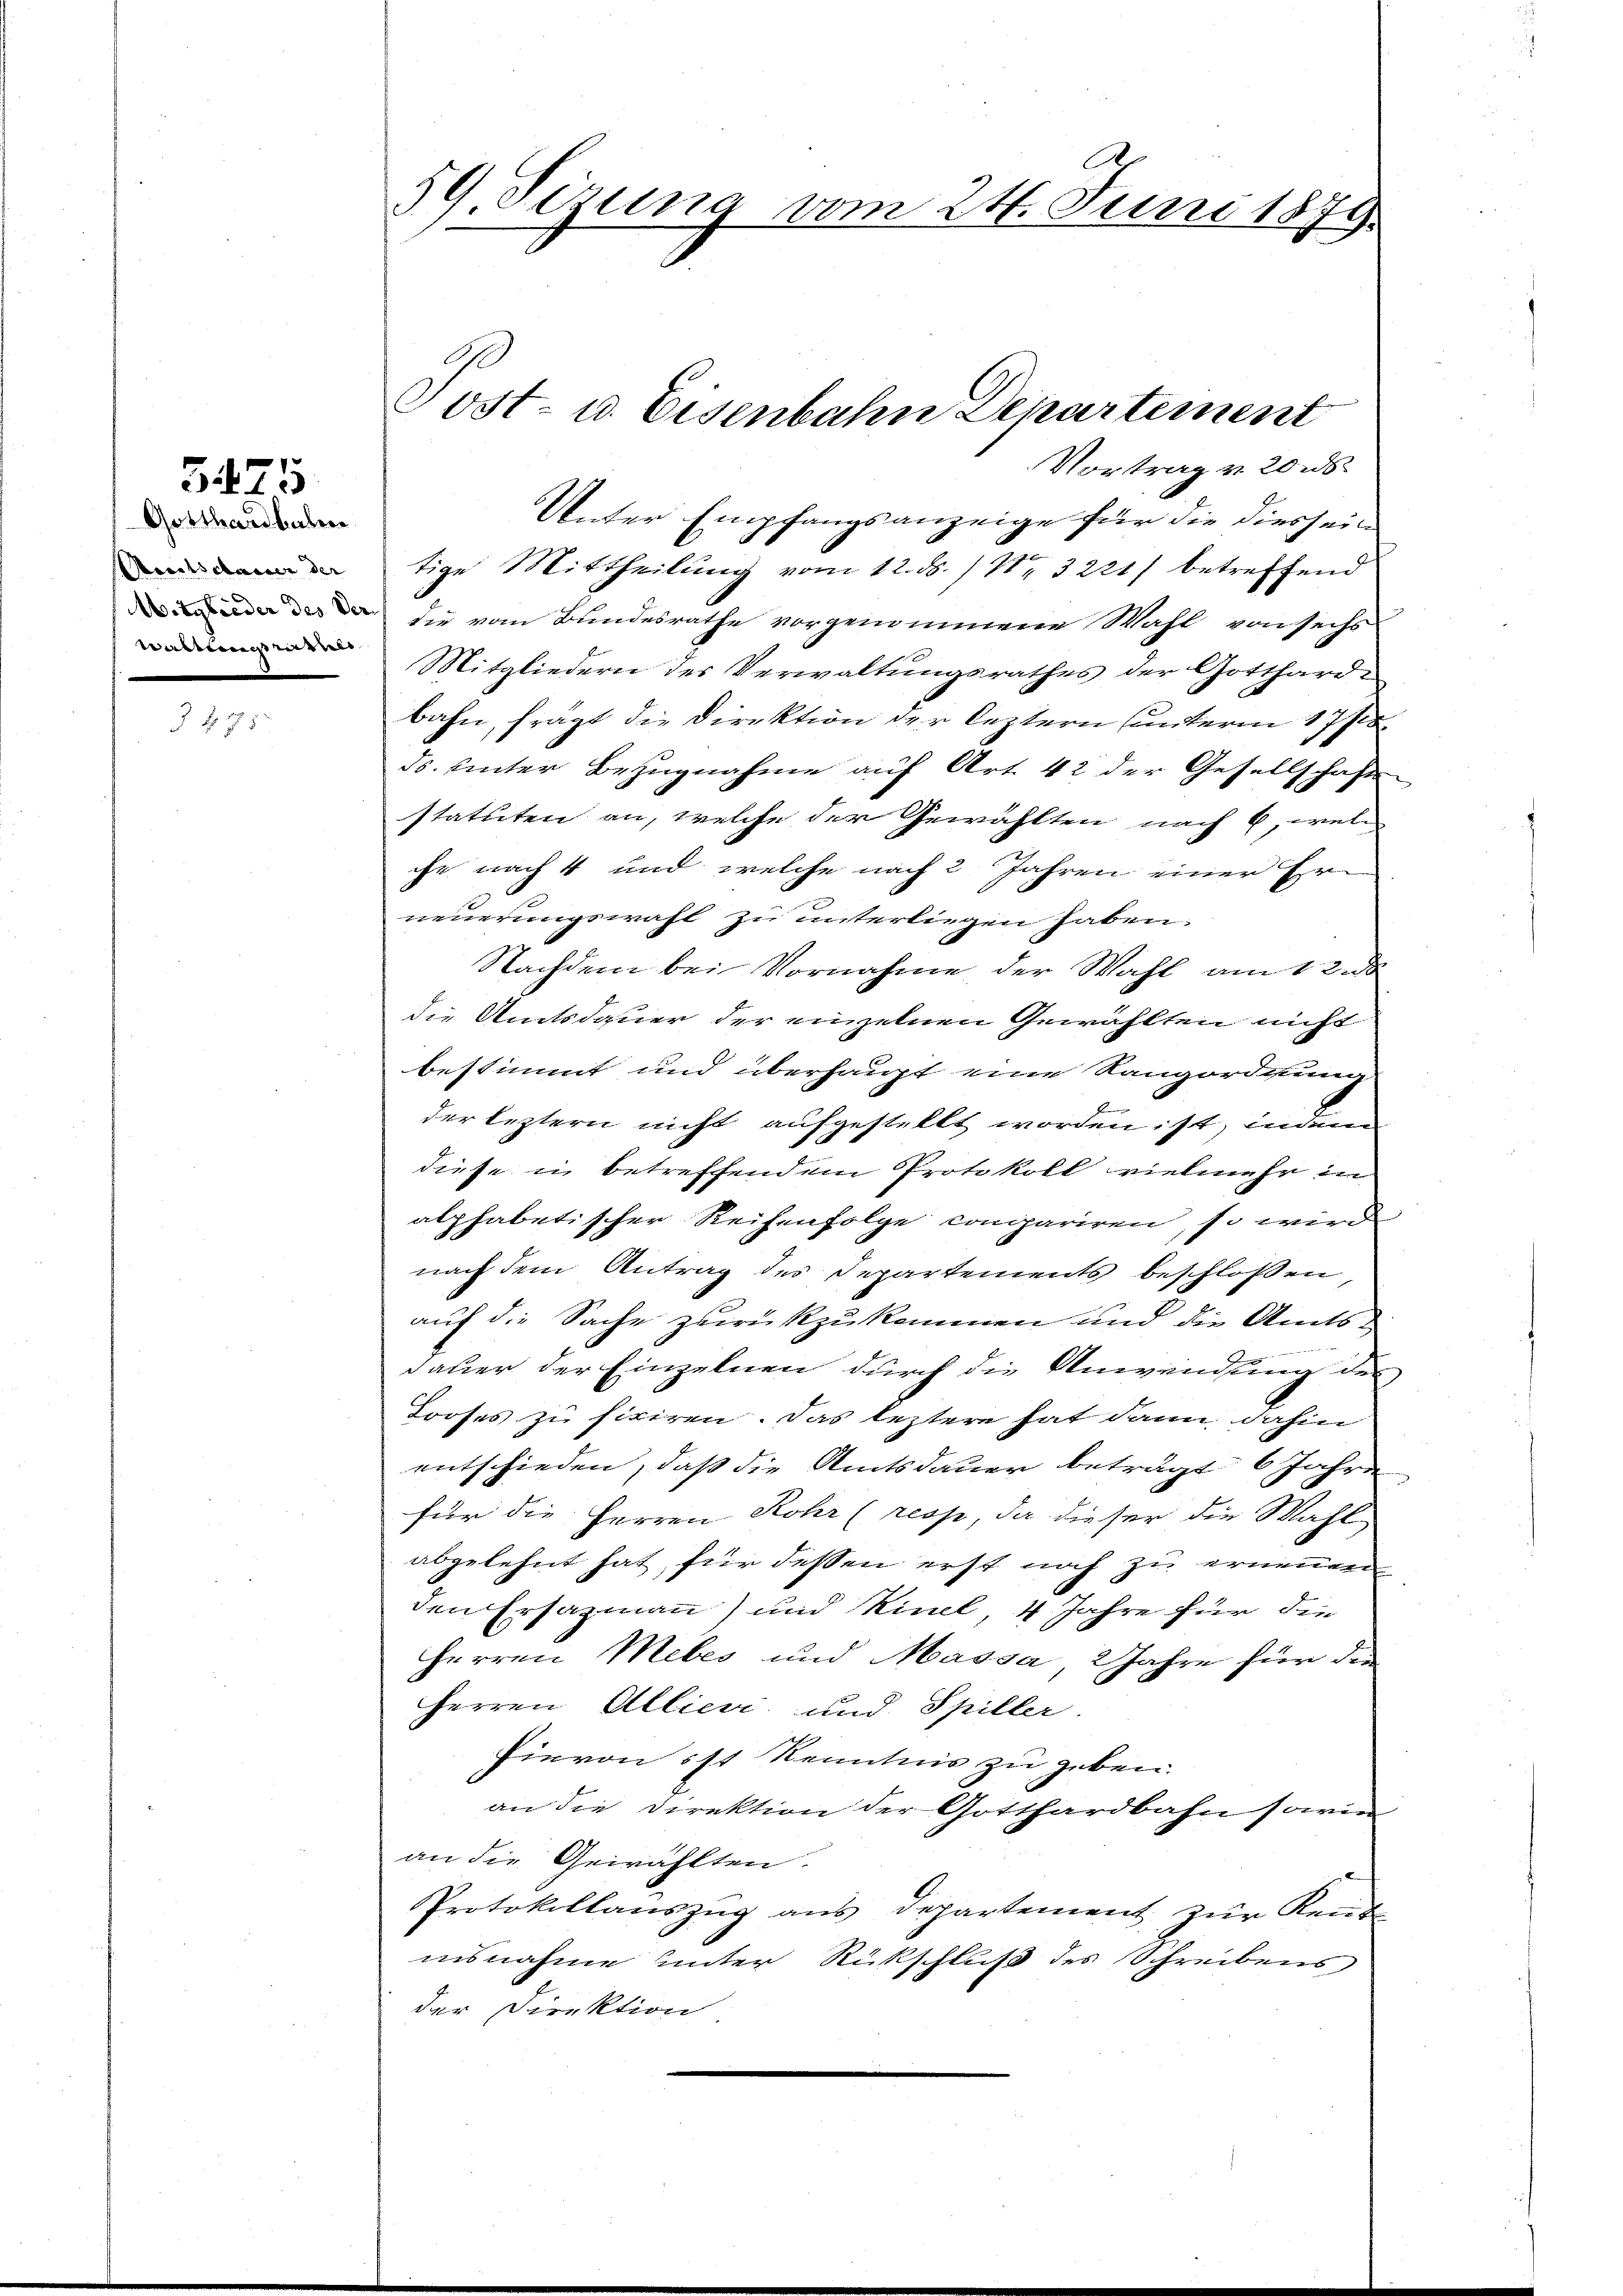
Gotthardbalen
Amtsdauer der
Mitglieder des Ver
Wirbeterschien

5475

59. Sizung vom 24. Juni 1879.

tige Mittheilung vom 12. ds. / Nr. 3221) betreffend
die vom Bundesrathe vorgenommene Wahl von sechs
Mitgliedern des Verwaltungsrathes der Gotthard-
bahn, frägt die Direktion der leztern unterm 17/18
ds. unter Bezugnahme auf Art. 42 der Gesellschaften
statuten an, welche der Gewählten nach 6, wel
ihr nach 4 und welche nach 2 Jahren einer Erneuerungswahl zu unterliegen haben.
Nachdem bei Vornahme der Wahl am 12. d
die Amtsdauer der einzelnen Gewählten nicht
bestimmt und überhaupt eine Rangordnung
herleztern nicht aufgestellt worden ist, indem
diese in betreffendem Protokoll vielmehr in
alphabetischer Reihenfolge conpariren, so wird
nach dem Antrag des Departements beschlossen
auf die Sache zurückzukommen und die Amtsdauer der Einzelnen durch die Anwendung des
Looses zu fixiren. Das leztere hat dann, dahin
entschieden, daß die Amtsdauer beträgt 6 Jahre
für die Herren Rohr (respe, da dieser die Wahl
abgelehnt hat für dessen erst noch zu ernennen
den Ersazmann) und Kinel, 4. Jahre für die
Herren Mebes und Massa, 2 Jahre für die
Herren Alliere und Spiller.
hievon ist kenntnis zu geben.
an die Direktion der Gotthardbahn sowie
an die Gewählten.
Protokollauszug aus Departement zur Kennt
insnahme unter Rückschluß des Schreibens
der Direktion

Vortrag v. 20 s.
Unter Empfangsanzeige für die diessei¬

Tost- u. Eisenbahn Departement